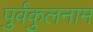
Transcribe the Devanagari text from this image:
पुर्वकुलनाम